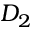
D _ { 2 }